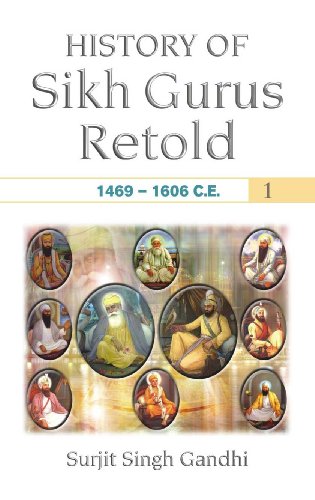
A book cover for History of Sikh Gurus Retold: 1469 -1606; Surjit Singh Gandhi; Religion & Spirituality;